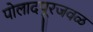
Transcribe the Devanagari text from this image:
पोलादपूरजवळ